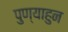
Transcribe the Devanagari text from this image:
पुण्याहुन